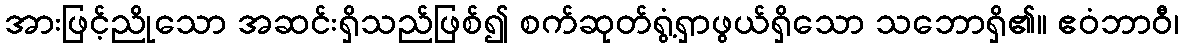
အားဖြင့်ညိုသော အဆင်းရှိသည်ဖြစ်၍ စက်ဆုတ်ရွံ့ရှာဖွယ်ရှိသော သဘောရှိ၏။ ဧဝံဘာဝီ၊